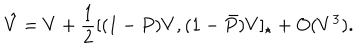
\hat { V } = V + \frac { 1 } { 2 } [ ( 1 - P ) V , ( 1 - \bar { P } ) V ] _ { \star } + O ( V ^ { 3 } ) .